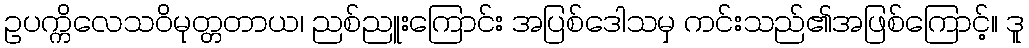
ဥပက္ကိလေသဝိမုတ္တတာယ၊ ညစ်ညူးကြောင်း အပြစ်ဒေါသမှ ကင်းသည်၏အဖြစ်ကြောင့်။ ဒူ